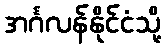
အင်္ဂလန်နိုင်ငံသို့